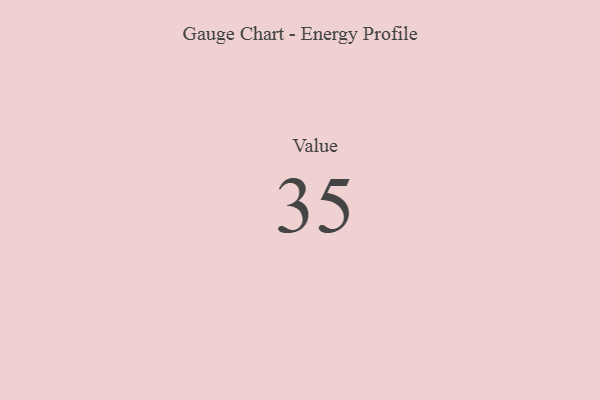
{"axis": {"x": "Metric", "y": "Value"}, "legend": [""], "data": [{"x": "Value", "y": 35, "type": ""}]}